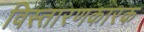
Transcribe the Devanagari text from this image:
विस्तारणकारक